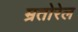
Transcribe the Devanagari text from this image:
म्रतोरेल